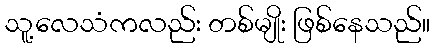
သူ့လေသံကလည်း တစ်မျိုး ဖြစ်နေသည်။